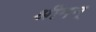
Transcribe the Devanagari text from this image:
श्रीमन्